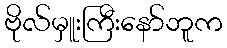
ဗိုလ်မှူးကြီးနော်ဘူက